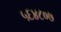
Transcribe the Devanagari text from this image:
५६४८०७